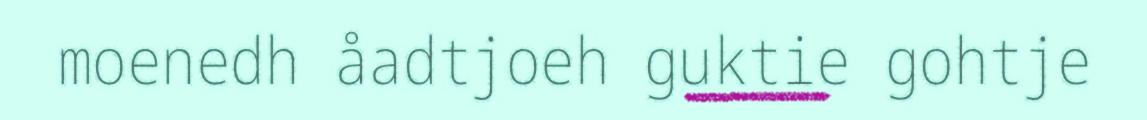
moenedh åadtjoeh guktie gohtje